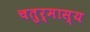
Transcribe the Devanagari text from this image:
चतुर्मास्य